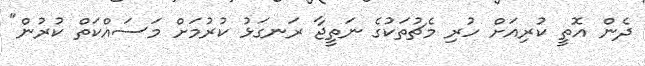
ދެން އޮތީ ކުރިއަށް ހުރި މެޗުތަކުގެ ނަތީޖާ ރަނގަޅު ކުރުމަށް މަސައްކަތް ކުރުން"